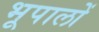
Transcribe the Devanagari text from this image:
भूपालों